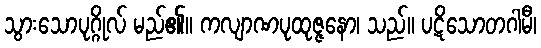
သွားသောပုဂ္ဂိုလ် မည်၏။ ကလျာဏပုထုဇ္ဇနော၊ သည်။ ပဋိသောတဂါမီ၊